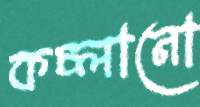
কচ্‌লানো